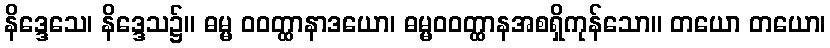
နိဒ္ဒေသေ၊ နိဒ္ဒေသ၌။ ဓမ္မ ဝဝတ္ထာနာဒယော၊ ဓမ္မဝဝတ္ထာနအစရှိကုန်သော။ တယော တယော၊